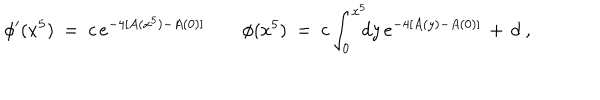
\phi ^ { \prime } ( x ^ { 5 } ) \ = \ c \, e ^ { - 4 [ A ( x ^ { 5 } ) - A ( 0 ) ] } \qquad \phi ( x ^ { 5 } ) \ = \ c \int _ { 0 } ^ { x ^ { 5 } } \! \! \! d y \, e ^ { - 4 [ A ( y ) - A ( 0 ) ] } \, + \, d \ ,